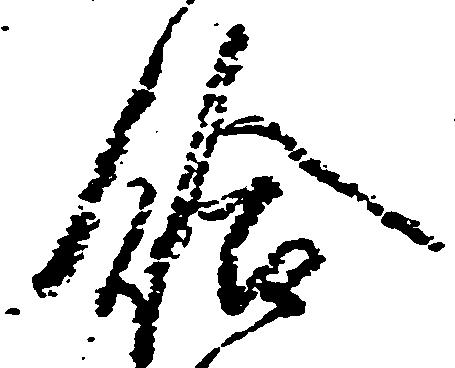
給